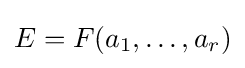
E=F(a_{1},\ldots ,a_{r})